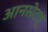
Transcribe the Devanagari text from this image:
आनसेटत्